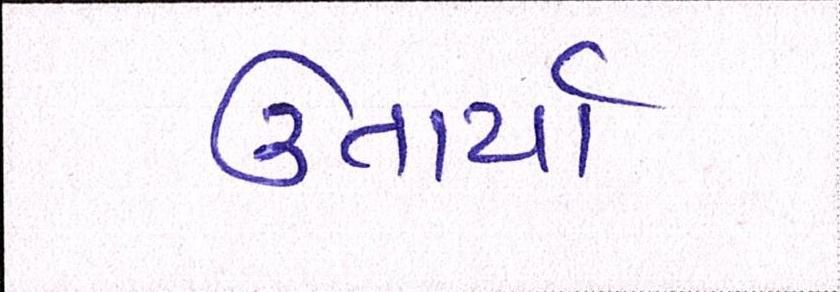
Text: ઉતાર્યા